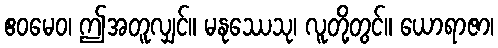
ဧဝမေဝ၊ ဤအတူလျှင်။ မနုဿေသု၊ လူတို့တွင်။ ယောရာဇာ၊